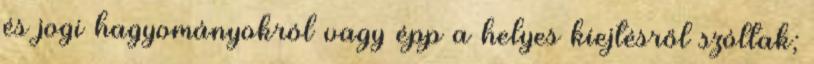
és jogi hagyományokról vagy épp a helyes kiejtésről szóltak;